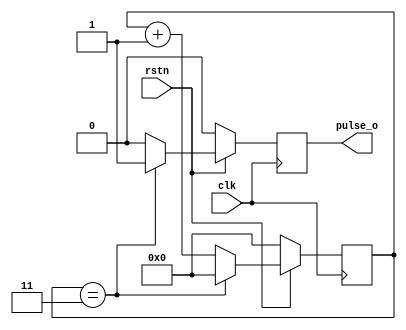
module pulse_generator (
    input clk,        
    input rstn,       
    output pulse_o );
parameter PERIOD = 4; 
reg pulse_rg;          
reg [7:0] count = 0;   
always @(posedge clk) begin
    if (~rstn) begin
        pulse_rg <= 1'b0;
        count <= 8'd0;
    end else begin
        if (count == PERIOD-1) begin
            count <= 8'd0;
            pulse_rg <= 1'b1;
        end else begin
            count <= count + 1;
            pulse_rg <= 1'b0;
        end
    end
end
assign pulse_o = pulse_rg;
endmodule